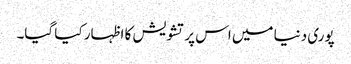
پوری دنیا میں اس پر تشویش کا ا ظہار کیا گیا۔